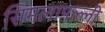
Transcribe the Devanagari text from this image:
सिमलापल्ली